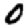
Digit: 0